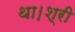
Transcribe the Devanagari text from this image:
था।श्री